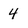
Character: 4